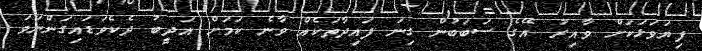
ފިޔަވަޅަކަށް ވާއިރު އޭގެ ސަބަބުން ގިނަ ފައިދާތަކެއް ވާނެ ކަމަށް އަދީބު ދެކެވަޑައިގަންނަވަ